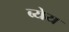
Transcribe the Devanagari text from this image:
ब्येय